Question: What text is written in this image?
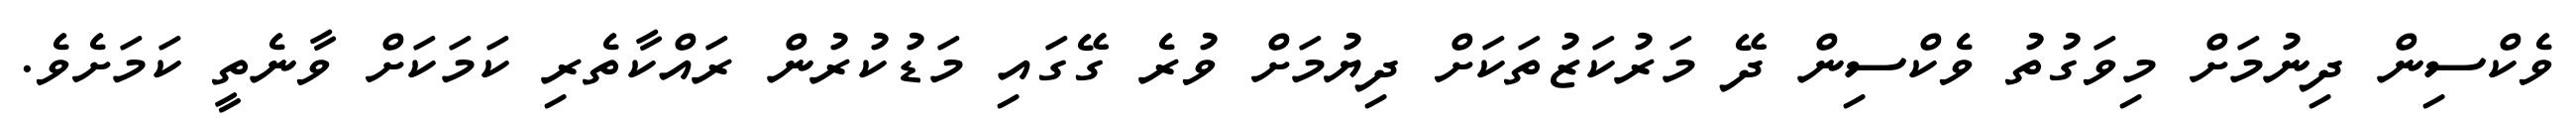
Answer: ވެކްސިން ދިނުމަށް މިވަގުތު ވެކްސިން ދޭ މަރުކަޒުތަކަށް ދިޔުމަށް ވުރެ ގޭގައި މަޑުކުރުން ރައްކާތެރި ކަމަކަށް ވާނެތީ ކަމަށެވެ.